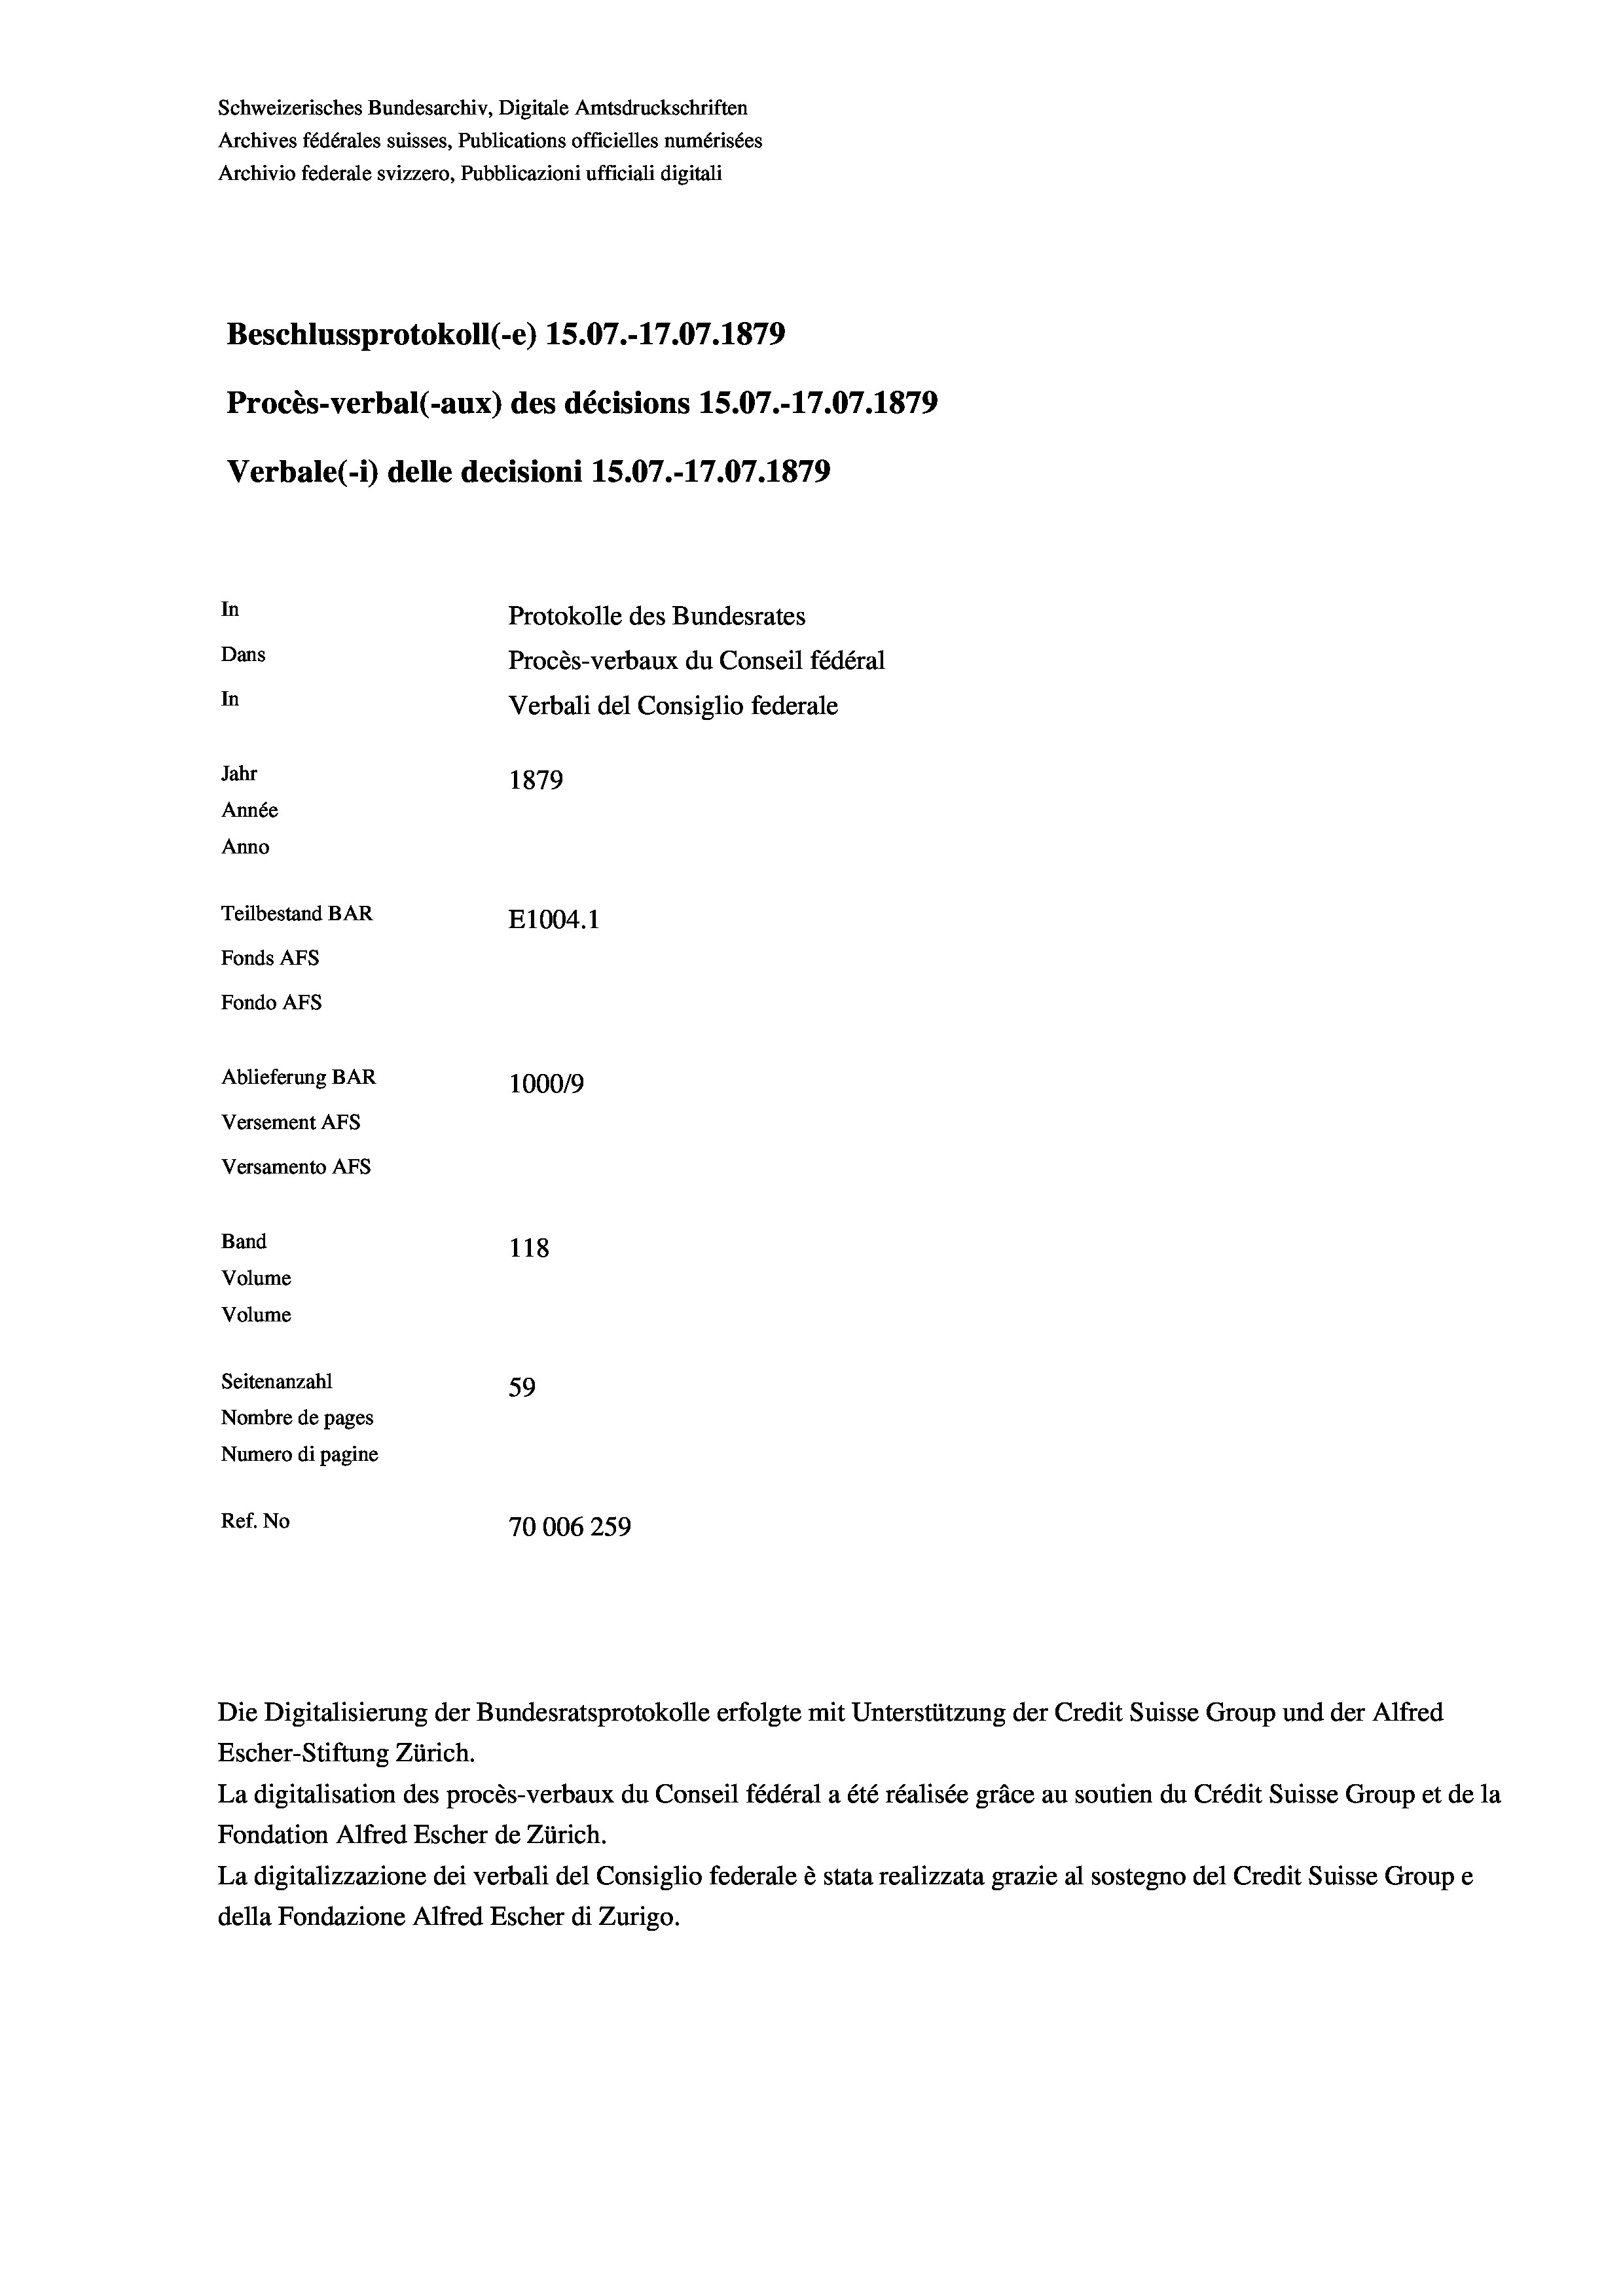
Schweizerisches Bundesarchiv, Digitale Amtsdruckschriften
Archives fédérales suisses, Publications officielles numérisées
Archivio federale svizzero, Pubblicazioni ufficiali digitali
Beschlussprotokoll (-e) 15.07.-17.07. 1879
Procès-verbal (-aux) des décisions 15.07.-17.07. 1879
Verbale (1) delle decisioni 15.07.-17.07. 1879
In
Protokolle des Bundesrates
Dans
Procès-verbaux du Conseil fédéral
In
Verbali del Consiglio federale
Jahr
1879
Année
Anno
Teilbestand BAR
E1004. 1
Fonds AFs
Fondo AFS
Ablieferung BAR
100019
Versement AFs
Versamento Afs
Band
118
Volume
Volume

Seitenanzahl
59
Nombre de pages
Numero di pagine
Ref. No
70006259

Die Digitalisierung der Bundesratsprotokolle erfolgte mit Unterstützung der Credit Suisse Group und der Alfred
Escher-Stiftung Zürich.
La digitalisation des procès-verbaux du Conseil fédéral a été réalisée gräce au soutien du Crédit Suisse Group et de la
Fondation Alfred Escher de Zürich.
La digitalizzazione dei verbali del Consiglio federale è stata realizzata grazie al sostegno del Credit Suisse Groupe
della Fondazione Alfred Escher di Zurigo.